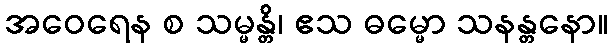
အဝေရေန စ သမ္မန္တိ၊ ဧသ ဓမ္မော သနန္တနော။